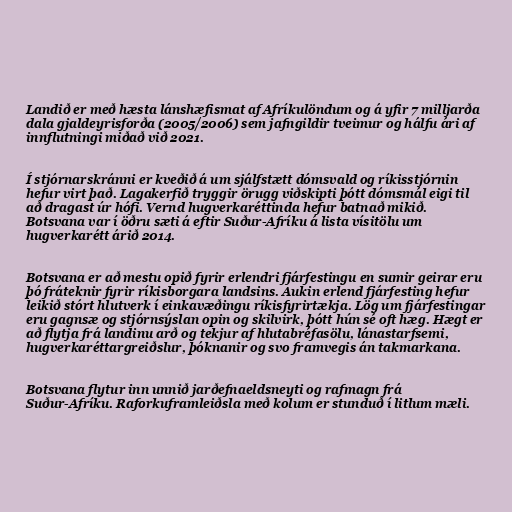
Landið er með hæsta lánshæfismat af Afríkulöndum og á yfir 7 milljarða
dala gjaldeyrisforða (2005/2006) sem jafngildir tveimur og hálfu ári af
innflutningi miðað við 2021.

Í stjórnarskránni er kveðið á um sjálfstætt dómsvald og ríkisstjórnin
hefur virt það. Lagakerfið tryggir örugg viðskipti þótt dómsmál eigi til
að dragast úr hófi. Vernd hugverkaréttinda hefur batnað mikið.
Botsvana var í öðru sæti á eftir Suður-Afríku á lista vísitölu um
hugverkarétt árið 2014.

Botsvana er að mestu opið fyrir erlendri fjárfestingu en sumir geirar eru
þó fráteknir fyrir ríkisborgara landsins. Aukin erlend fjárfesting hefur
leikið stórt hlutverk í einkavæðingu ríkisfyrirtækja. Lög um fjárfestingar
eru gagnsæ og stjórnsýslan opin og skilvirk, þótt hún sé oft hæg. Hægt er
að flytja frá landinu arð og tekjur af hlutabréfasölu, lánastarfsemi,
hugverkaréttargreiðslur, þóknanir og svo framvegis án takmarkana.

Botsvana flytur inn unnið jarðefnaeldsneyti og rafmagn frá
Suður-Afríku. Raforkuframleiðsla með kolum er stunduð í litlum mæli.